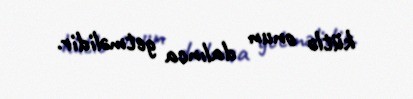
kütlə onun dalınca getməlidir.